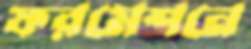
ফরমেশনে